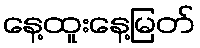
နေ့ထူးနေ့မြတ်